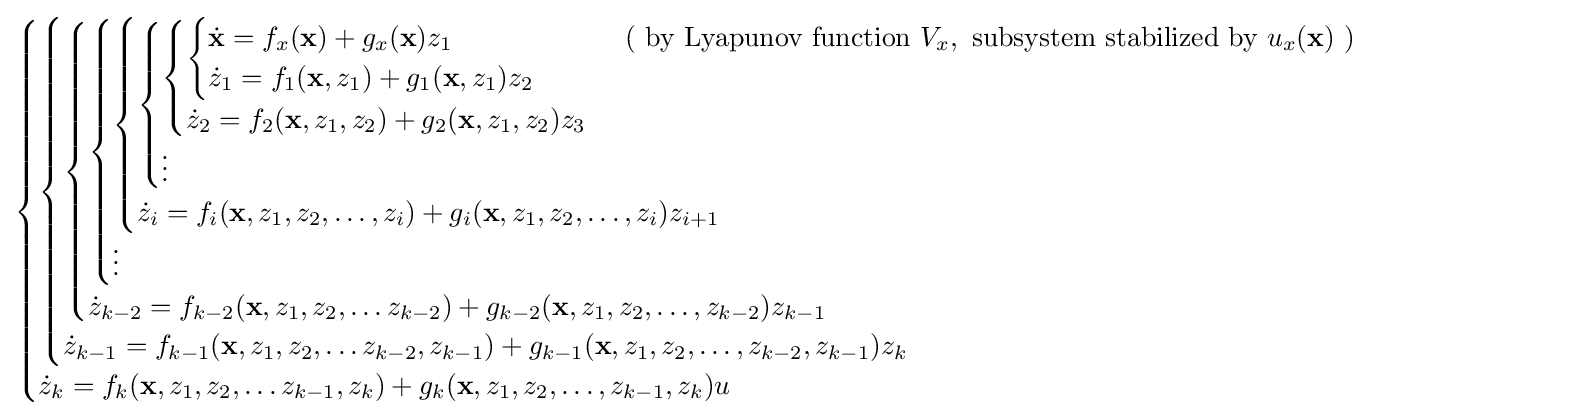
{\begin{cases}{\begin{cases}{\begin{cases}{\begin{cases}{\begin{cases}{\begin{cases}{\begin{cases}{\begin{cases}{\dot {\mathbf {x} }}=f_{x}(\mathbf {x} )+g_{x}(\mathbf {x} )z_{1}&\qquad {\text{ ( by Lyapunov function }}V_{x},{\text{ subsystem stabilized by }}u_{x}({\textbf {x}}){\text{ )}}\\{\dot {z}}_{1}=f_{1}(\mathbf {x} ,z_{1})+g_{1}(\mathbf {x} ,z_{1})z_{2}\end{cases}}\\{\dot {z}}_{2}=f_{2}(\mathbf {x} ,z_{1},z_{2})+g_{2}(\mathbf {x} ,z_{1},z_{2})z_{3}\end{cases}}\\\vdots \\\end{cases}}\\{\dot {z}}_{i}=f_{i}(\mathbf {x} ,z_{1},z_{2},\ldots ,z_{i})+g_{i}(\mathbf {x} ,z_{1},z_{2},\ldots ,z_{i})z_{i+1}\end{cases}}\\\vdots \end{cases}}\\{\dot {z}}_{k-2}=f_{k-2}(\mathbf {x} ,z_{1},z_{2},\ldots z_{k-2})+g_{k-2}(\mathbf {x} ,z_{1},z_{2},\ldots ,z_{k-2})z_{k-1}\end{cases}}\\{\dot {z}}_{k-1}=f_{k-1}(\mathbf {x} ,z_{1},z_{2},\ldots z_{k-2},z_{k-1})+g_{k-1}(\mathbf {x} ,z_{1},z_{2},\ldots ,z_{k-2},z_{k-1})z_{k}\end{cases}}\\{\dot {z}}_{k}=f_{k}(\mathbf {x} ,z_{1},z_{2},\ldots z_{k-1},z_{k})+g_{k}(\mathbf {x} ,z_{1},z_{2},\ldots ,z_{k-1},z_{k})u\end{cases}}